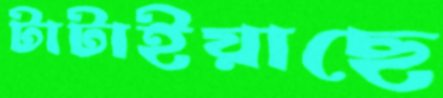
টাটাইয়াছে